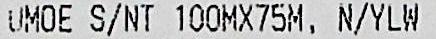
UMOE S/NT 100MX75M, N/YLW